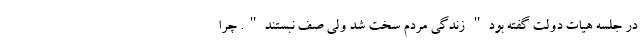
در جلسه هیات دولت گفته بود" زندگی مردم سخت شد ولی صف نبستند". چرا